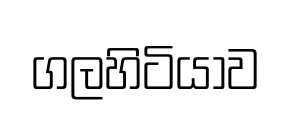
ගලහිටියාව